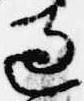
過